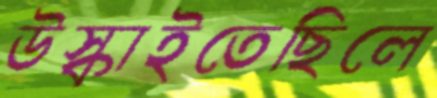
উস্‌কাইতেছিলে